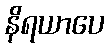
နိရယာပေ